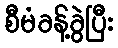
စီမံခန့်ခွဲပြီး